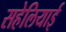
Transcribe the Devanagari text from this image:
सहेलियाई